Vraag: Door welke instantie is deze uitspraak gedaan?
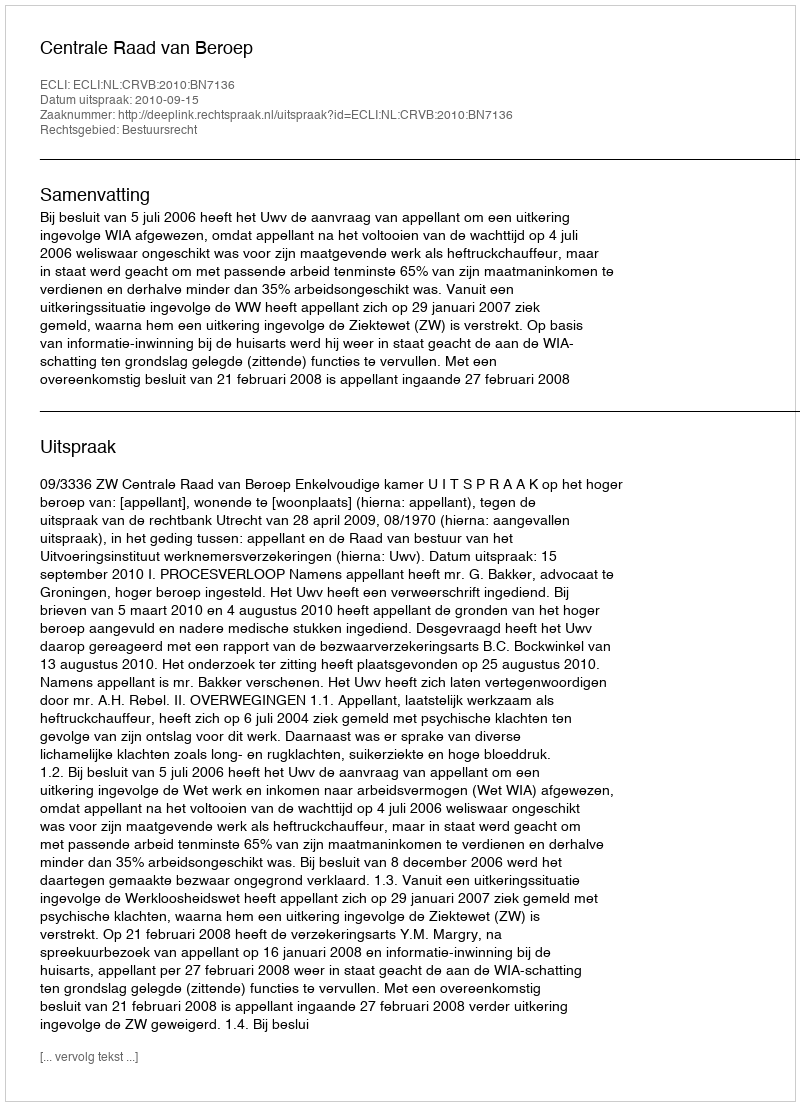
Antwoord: Centrale Raad van Beroep